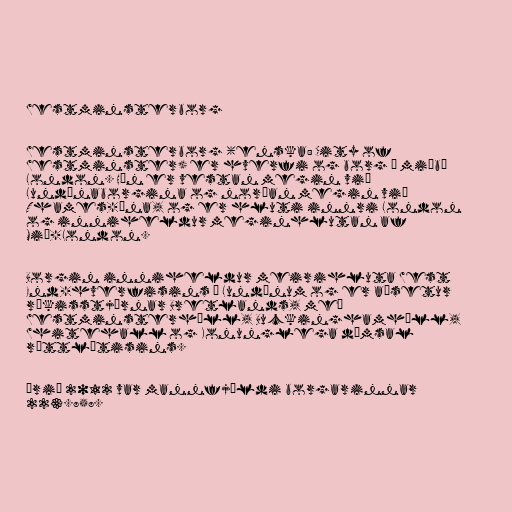
Westminsterborg

Westminsterborg (enska: City of
Westminster) er hverfi og borg í miðbæ
London. Hún er vestan megin við
Lundúnaborgina og norðan megin við
Thames-ána, og er hluti innri London
og inniheldur meginhlutan af
Mið-London.

Borgin inniheldur meirihluta West
End-hverfisins í Lundúnum og er aðsetur
ríkisstjórnar Bretlands, með
Westminsterhöll, Buckinghamhöll,
Whitehall og Konunglega dómsal
réttlætisins.

Árið 2012 var mannfjöldi borgarinnar
223.858.